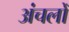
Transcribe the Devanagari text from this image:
अंचलोँ